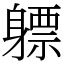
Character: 𬧯